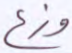
وزع